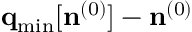
{ \bf q } _ { \mathrm { m i n } } [ { \bf n } ^ { ( 0 ) } ] - { \bf n } ^ { ( 0 ) }